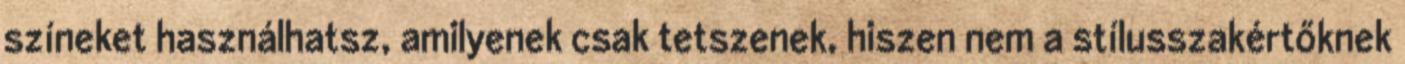
színeket használhatsz, amilyenek csak tetszenek, hiszen nem a stílusszakértőknek